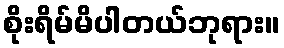
စိုးရိမ်မိပါတယ်ဘုရား။